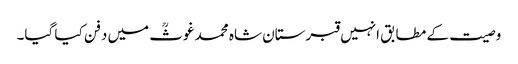
وصیت کے مطابق انہیں قبرستان شاہ محمد غوثؒ میں دفن کیا گیا۔